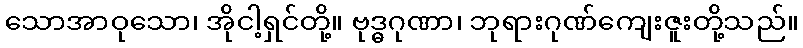
သောအာဝုသော၊ အိုငါ့ရှင်တို့။ ဗုဒ္ဓဂုဏာ၊ ဘုရားဂုဏ်ကျေးဇူးတို့သည်။